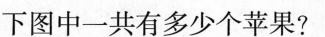
下图中一共有多少个苹果?